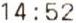
14:52